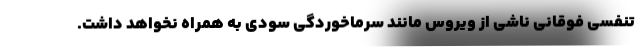
تنفسی فوقانی ناشی از ویروس مانند سرماخوردگی سودی به همراه نخواهد داشت.